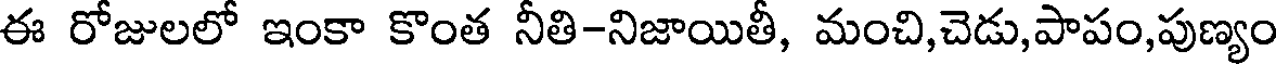
ఈ రోజులలో ఇంకా కొంత నీతి-నిజాయితీ, మంచి,చెడు,పాపం,పుణ్యం